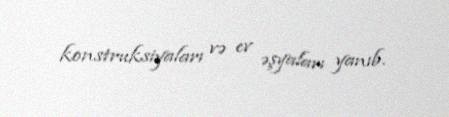
konstruksiyaları və ev əşyaları yanıb.